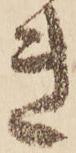
き